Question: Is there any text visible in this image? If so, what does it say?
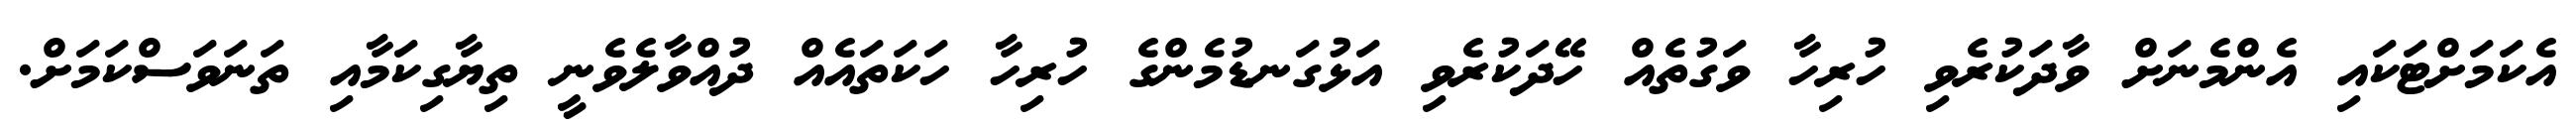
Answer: އެކަމަށްޓަކައި އެންމެނަށް ވާދަކުރެވި ހުރިހާ ވަގުތެއް ހޭދަކުރެވި އަޅުގަނޑުމެންގެ ހުރިހާ ހަކަތައެއް ދުއްވާލެވެނީ ތިޔާގިކަމާއި ތަނަވަސްކަމަށް.